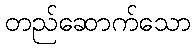
တည်ဆောက်သော